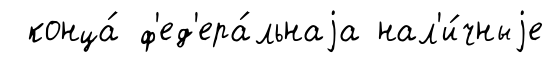
конца́ ф'ед'ера́льнаjа нал'и́чныjе